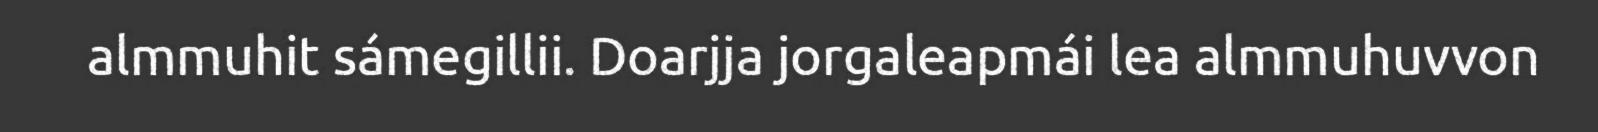
almmuhit sámegillii. Doarjja jorgaleapmái lea almmuhuvvon